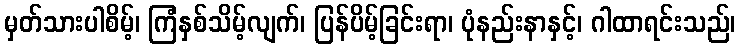
မှတ်သားပါစိမ့်၊ ကြံနှစ်သိမ့်လျက်၊ ပြန်ပိမ့်ခြင်းရာ၊ ပုံနည်းနာနှင့်၊ ဂါထာရင်းသည်၊